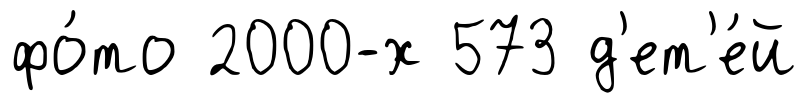
фо́то 2000-х 573 д'ет'е́й